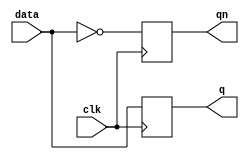
`timescale 1ns / 1ps

module D_FF(data,clk,q,qn);
    input clk,data;
    output reg q,qn;
    
    always @ (negedge clk)
    begin
    q=data;
    qn=~data;
    end 
endmodule